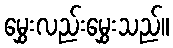
မွှေးလည်းမွှေးသည်။